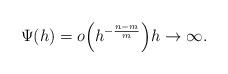
LaTeX: \begin{align*}\Psi(h)=o\Big(h^{-\frac{n-m}m}\Big) h\to\infty.\end{align*}